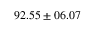
9 2 . 5 5 \pm 0 6 . 0 7